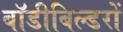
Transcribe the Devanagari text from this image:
बॉडीबिल्डरों